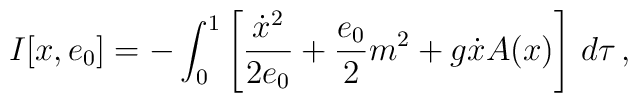
I[x,e_{0}]=-\int_{0}^{1}\left[\frac{\dot{x}^{2}}{2e_{0}}+\frac{e_{0}}{2}m^{2}+g\dot{x}A(x)\right]\, d\tau\,,